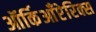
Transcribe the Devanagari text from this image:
ऑर्किआँप्टेरिक्स